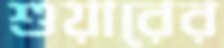
শুয়ারের